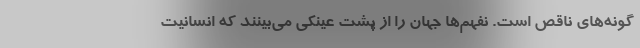
گونه‌های ناقص است. نفهم‌ها جهان را از پشت عینکی می‌بینند که انسانیت